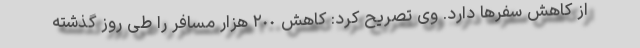
از کاهش سفرها دارد. وی تصریح کرد: کاهش ٢٠٠ هزار مسافر را طی روز گذشته